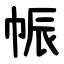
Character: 帪